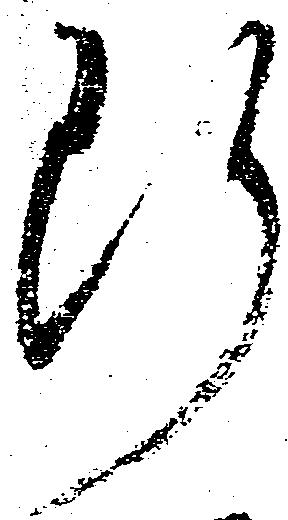
断